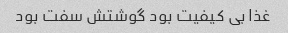
غذا بی کیفیت بود گوشتش سفت بود